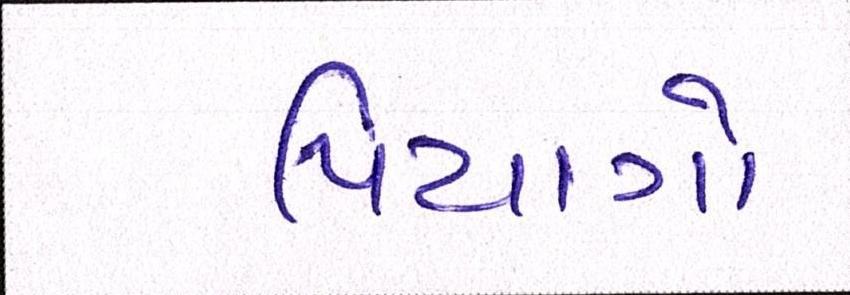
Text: પિયાગો